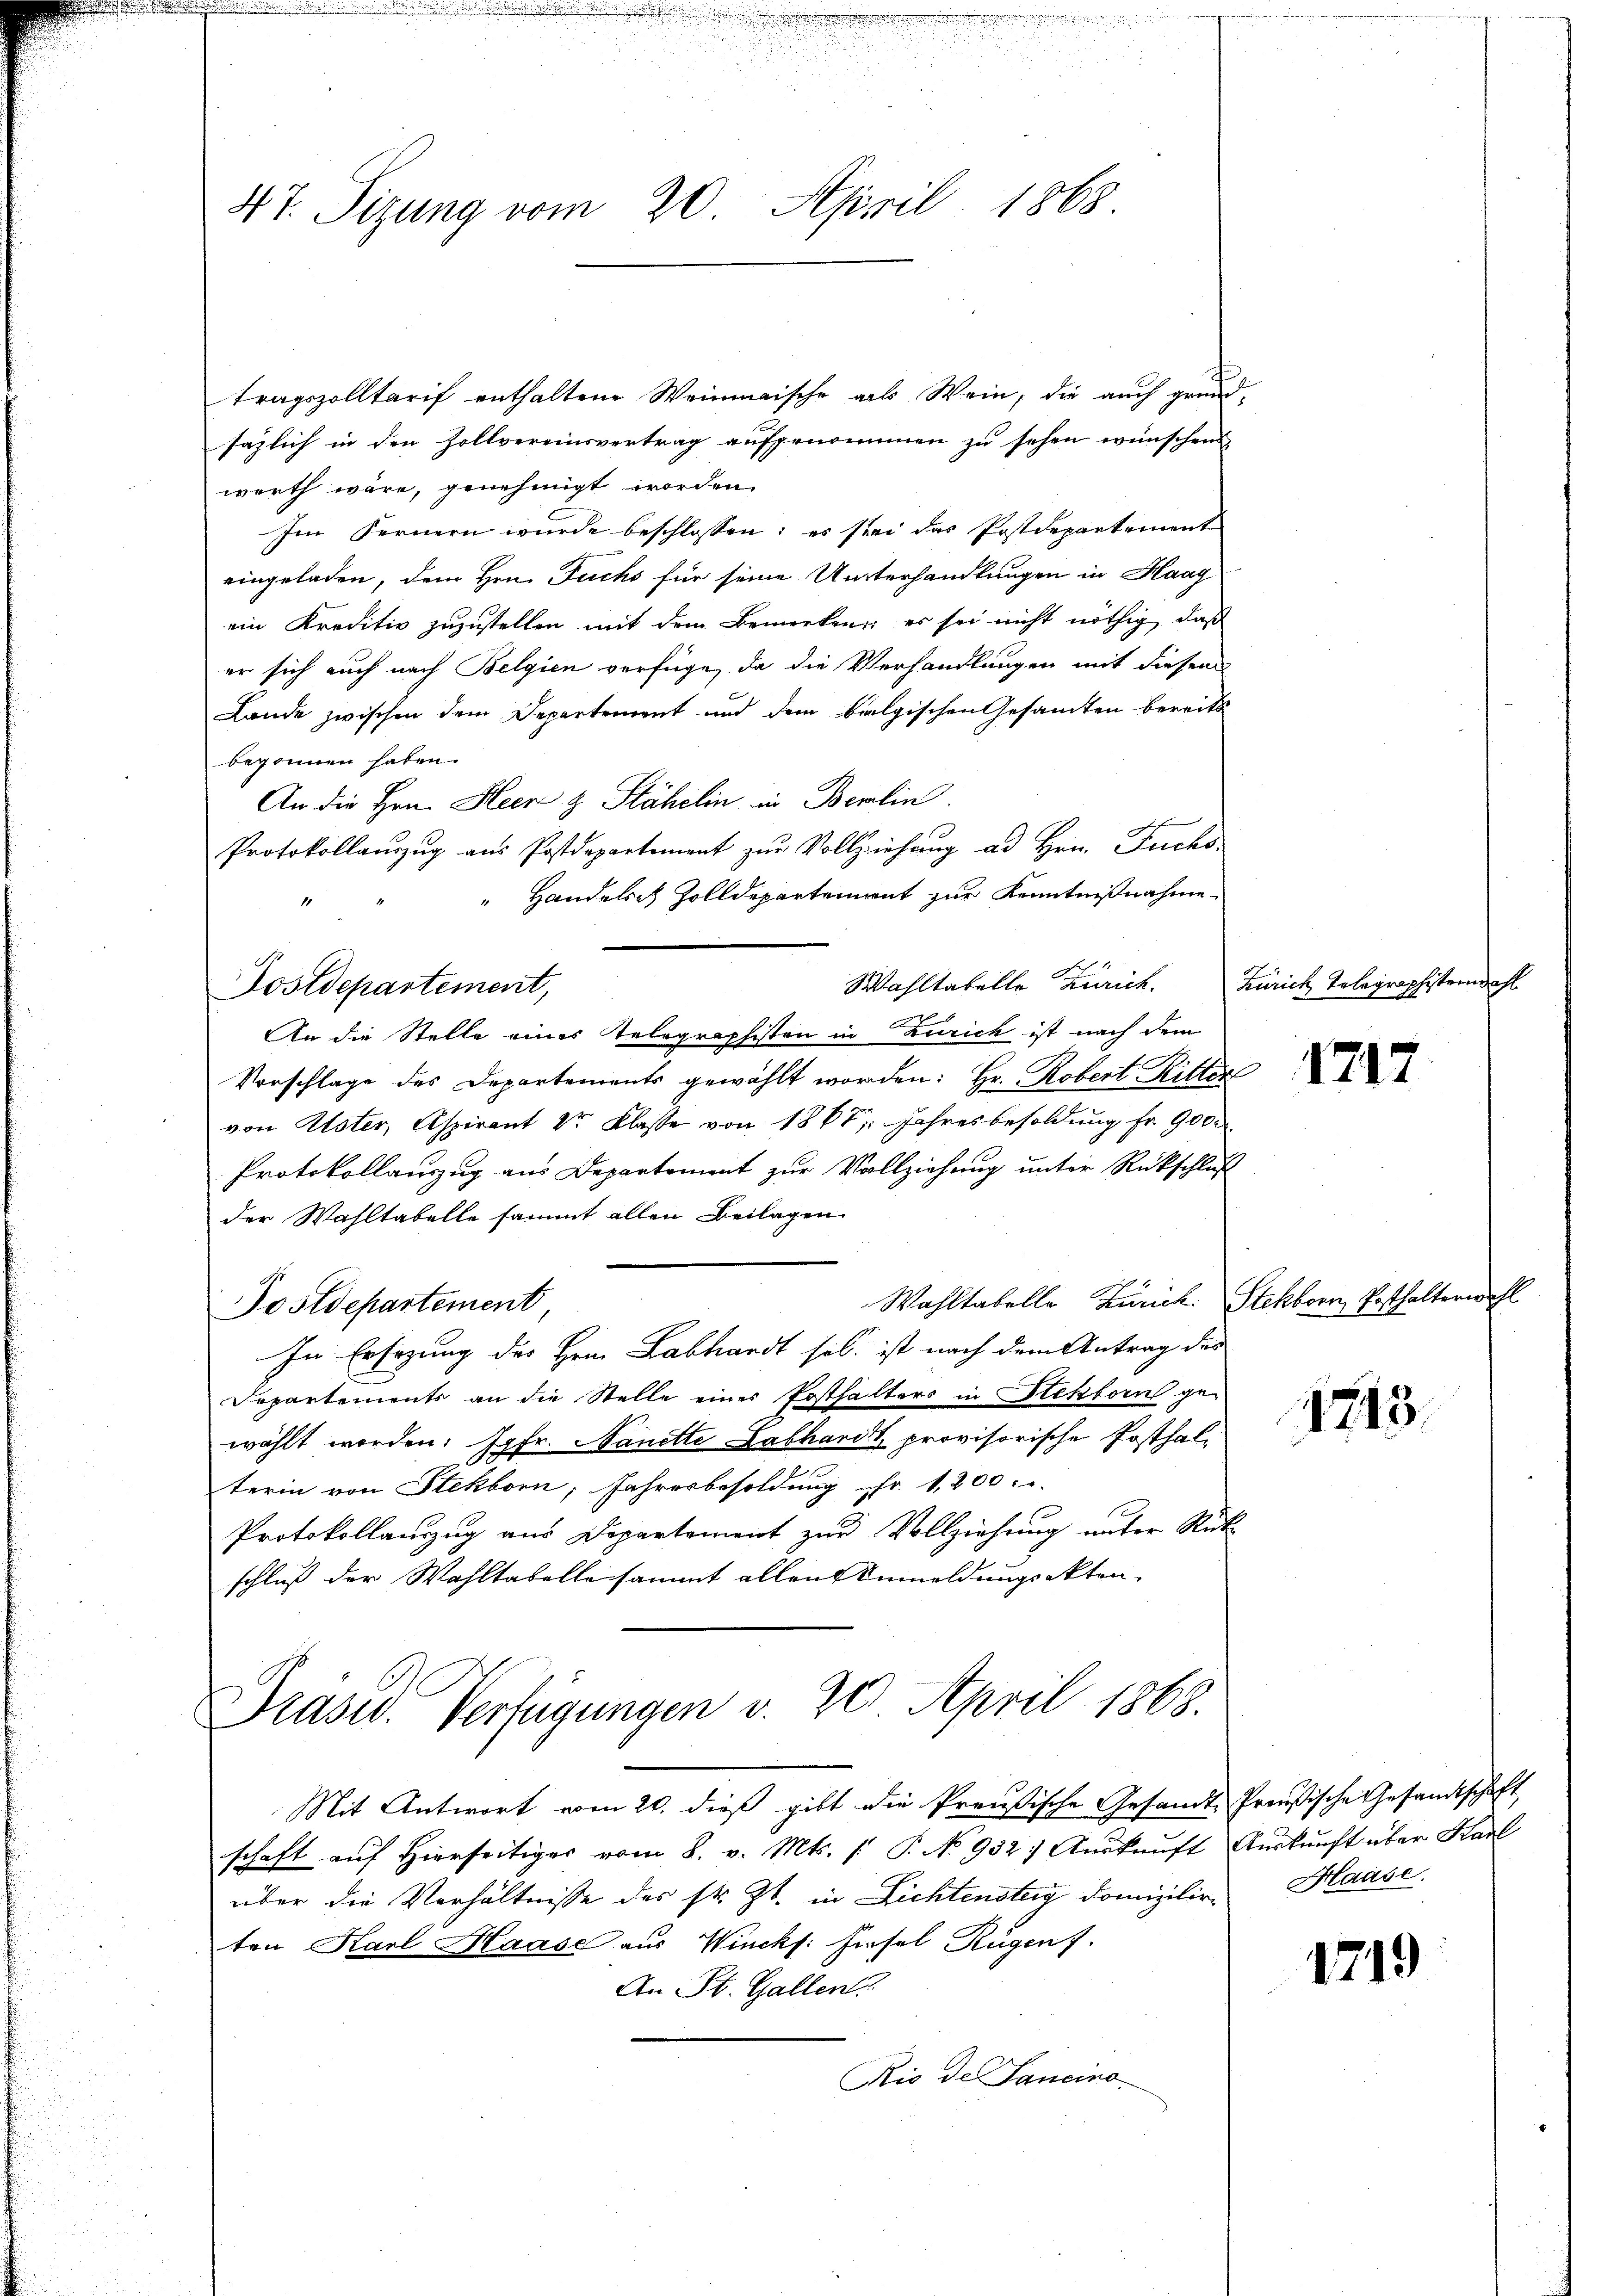
47. Sitzung vom 20. April 1868.

tragszolltarif enthaltene Weinmaische als Wein, die auch grundsäzlich in den Zollvereinsvertrag aufgenommen zu sehen wünschen
werth wäre, genehmigt worden.
Im Fernern wurde beschlossen: es sei das Postdepartement
eingeladen, dem Hrn. Fuchs für seine Unterhandlungen in Haag
ein Kreditiv zuzustellen mit dem Bemerken, es sei nicht nöthig, daß
er sich auch nach Belgien verfüge, da die Verhandlungen mit diesem
Lande zwischen dem Departement und dem belgischen Gesamten bereits
begonnen haben.
An die Hrn. Heer & Stähelin, in Berlin.
Protokollaŭszŭg aŭs Postdepartement zŭr Vollziehŭng ad hrn. Fuchs
“ Handelses Zolldepartement zur Kenntnißnahme
Wahltabelle Zürich.
An die Stelle eines Telegraphisten in Zürich ist nach dem
Vorschlage des Departements gewählt worden: Hr. Robert Ritter
von Uster, Aspirant 2r Klasse von 1867; Jahresbesoldung fr. 900.
Protokollauszug aus Departement zur Vollziehung unter Rückschluß
der Wahltabelle sammt allen Beilagen
Wahltabelle Zürich. Stekborn Posthalterwahr
Postdepartement,
In Ersezung des Hrn. Labhardt sel. ist nach dem Antrag des
Departements an die Stelle eines Posthalters in Hektorn ge-
wählt worden: Jgfr. Nanette Labhardt, provisorische Posthalterin von Stekborn, Jahresbesoldung fr. 1,200.
Protokollauszug aus Departement zur Vollziehung unter Rütschluß der Wahltabelle sammt allen Anmeldungsakten,

Dostdepartement,

Präsid. Verfügungen v. 20. April 1868.

Mit Antwort vom 20. dieß gibt die Preußische Gesandt-Preußische Gesandtschaft
schaft auf Hierseitiger vom 8. v. Mts. /: P. No 932. Auskunft Auskunft über Karl
über die Verhältnisse des sr. Zt. in Lichtensteig domizilire Hause.
ten Karl Haase aus Wincks: Fiesel Rügen f.
An St. Gallen
Rio der Sancino

Zürich Telegraphistern

1717

1743.

1719